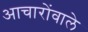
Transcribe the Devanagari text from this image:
आचारोंवाले